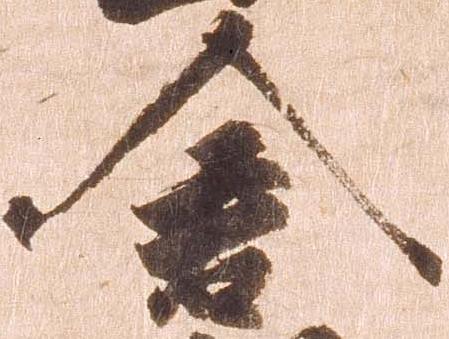
倉